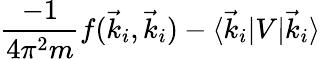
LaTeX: \frac{-1}{4\pi^{2}m}f(\vec{k}_{i},\vec{k}_{i})-\langle\vec{k}_{i}\lvert V\lvert\vec{k}_{i}\rangle